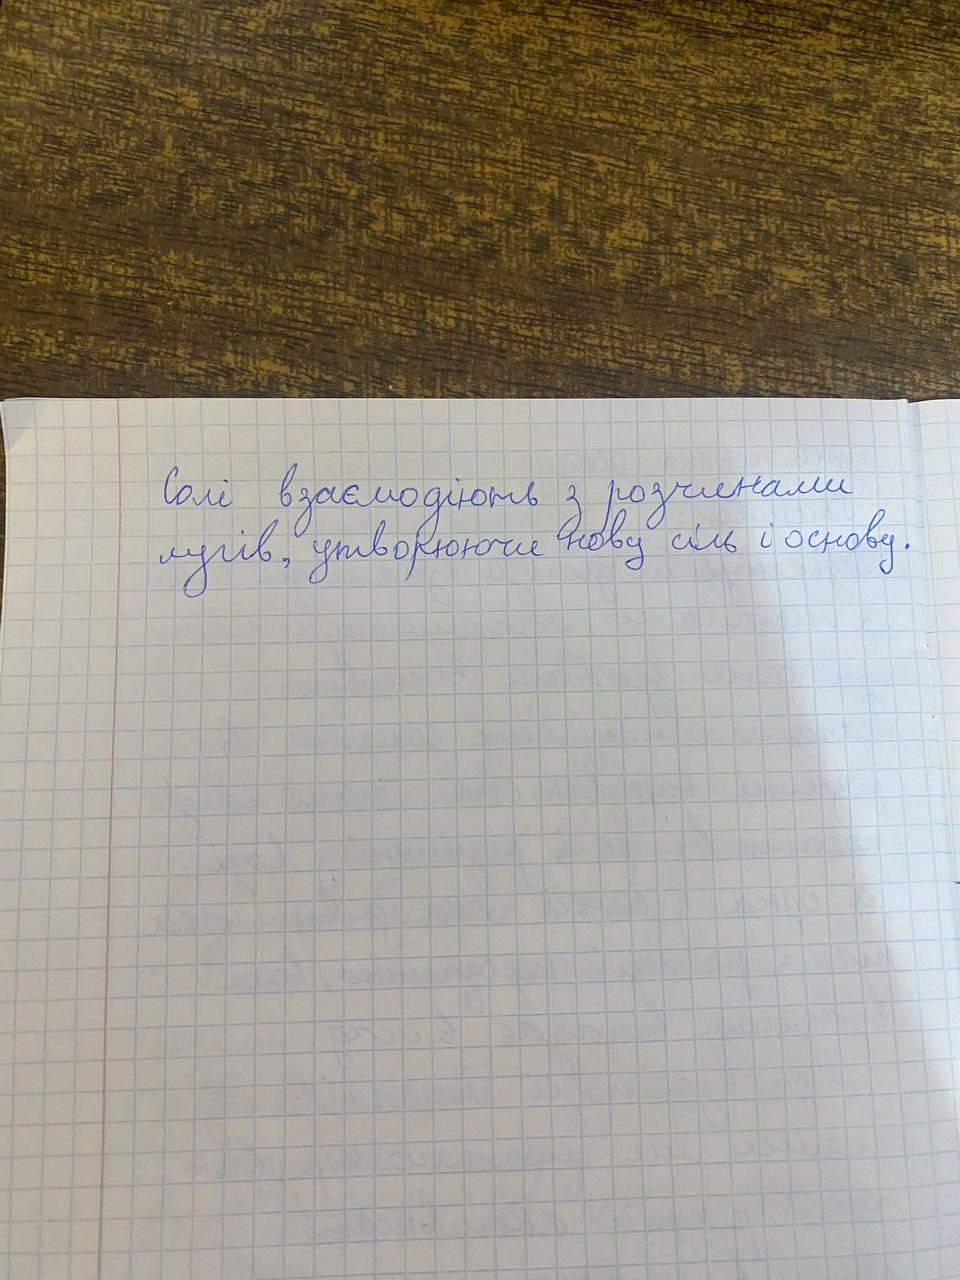
Солі взаємодіють з розчинами
лугів, утворюючи нову сіль і основу.